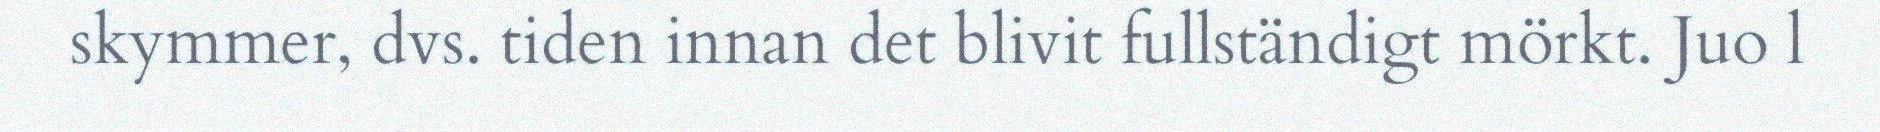
skymmer, dvs. tiden innan det blivit fullständigt mörkt. Juo l